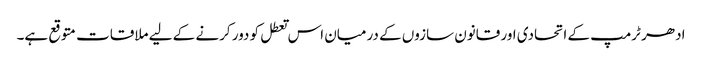
ادھر ٹرمپ کے اتحادی اور قانون سازوں کے درمیان اس تعطل کو دور کرنے کے لیے ملاقات متوقع ہے۔